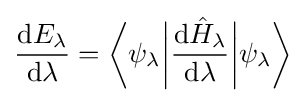
{\frac {\mathrm {d} E_{\lambda }}{\mathrm {d} {\lambda }}}={\bigg \langle }\psi _{\lambda }{\bigg |}{\frac {\mathrm {d} {\hat {H}}_{\lambda }}{\mathrm {d} \lambda }}{\bigg |}\psi _{\lambda }{\bigg \rangle }